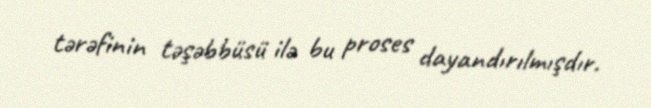
tərəfinin təşəbbüsü ilə bu proses dayandırılmışdır.